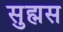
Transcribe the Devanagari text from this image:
सुह्मस